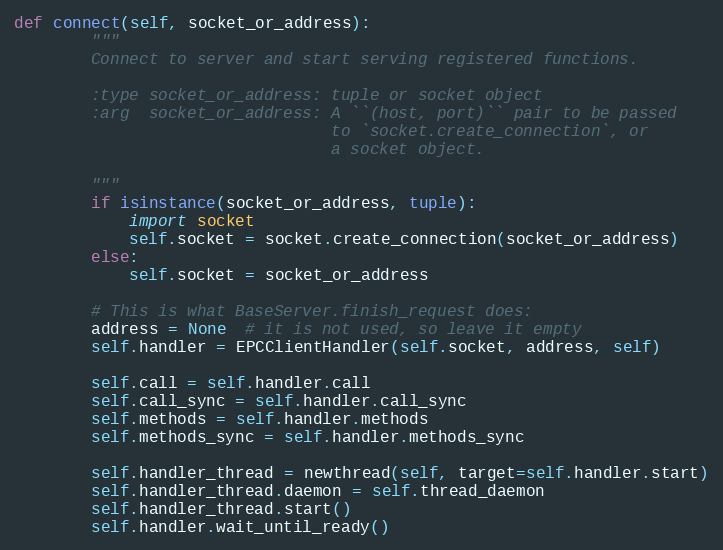
Language: Python
def connect(self, socket_or_address):
        """
        Connect to server and start serving registered functions.

        :type socket_or_address: tuple or socket object
        :arg  socket_or_address: A ``(host, port)`` pair to be passed
                                 to `socket.create_connection`, or
                                 a socket object.

        """
        if isinstance(socket_or_address, tuple):
            import socket
            self.socket = socket.create_connection(socket_or_address)
        else:
            self.socket = socket_or_address

        # This is what BaseServer.finish_request does:
        address = None  # it is not used, so leave it empty
        self.handler = EPCClientHandler(self.socket, address, self)

        self.call = self.handler.call
        self.call_sync = self.handler.call_sync
        self.methods = self.handler.methods
        self.methods_sync = self.handler.methods_sync

        self.handler_thread = newthread(self, target=self.handler.start)
        self.handler_thread.daemon = self.thread_daemon
        self.handler_thread.start()
        self.handler.wait_until_ready()